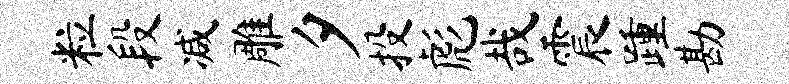
粒段减雕夕投彪哉震踵勘